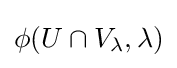
\phi (U\cap V_{\lambda },\lambda )